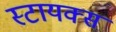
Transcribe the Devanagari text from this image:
स्टायक्स